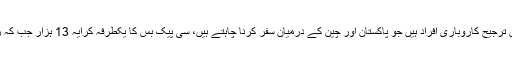
محمد انور کا مزید کہنا تھا کہ ہماری اولین ترجیح کاروباری افراد ہیں جو پاکستان اور چین کے درمیان سفر کرنا چاہتے ہیں، سی پیک بس کا یکطرفہ کرایہ 13 ہزار جب کہ ریٹرن ٹکٹ 23 ہزار روپے رکھا گیا ہے۔